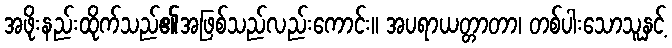
အဖိုးနည်းထိုက်သည်၏အဖြစ်သည်လည်းကောင်း။ အပရာယတ္တာတာ၊ တစ်ပါးသောသူနှင့်